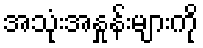
အသုံးအနှုန်းများကို